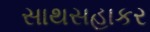
સાથસહાકર